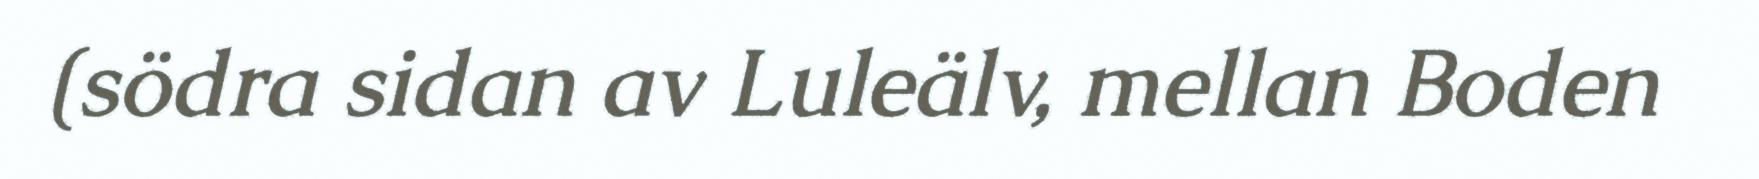
(södra sidan av Luleälv, mellan Boden